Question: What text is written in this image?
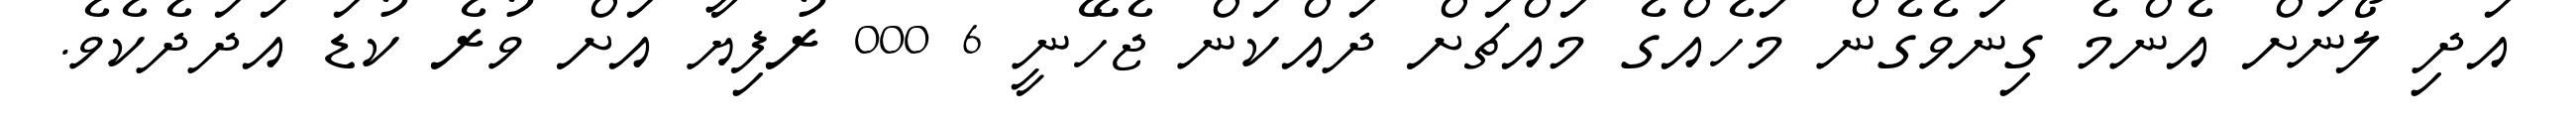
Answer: އަދި ލޯނަށް އެންމެ ގިނަވެގެން މަހެއްގެ މައްޗަށް ދައްކަން ޖެހޭނީ 6 000 ރުފިޔާ އަށް ވުރެ ކުޑަ އަދަދެކެވެ.